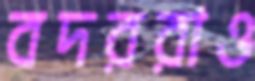
বদররাও